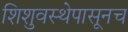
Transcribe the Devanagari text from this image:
शिशुवस्थेपासूनच